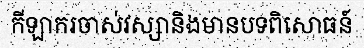
កីឡាករចាស់វស្សានិងមានបទពិសោធន៍